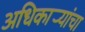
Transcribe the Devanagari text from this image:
अधिकार्‍यांचा